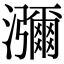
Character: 瀰